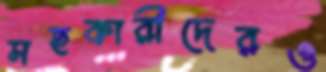
সহকারীদেরও